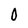
Character: 0